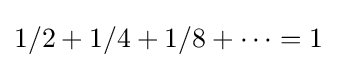
1/2+1/4+1/8+\dots =1